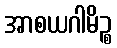
အာစယဂါမိဉ္စ